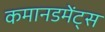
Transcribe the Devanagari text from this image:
कमानडमेंट्स